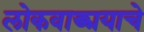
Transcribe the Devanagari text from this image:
लोकवाङ्मयाचे